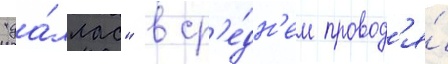
"да́ллас" в ср'е́дн'ем провод'я́